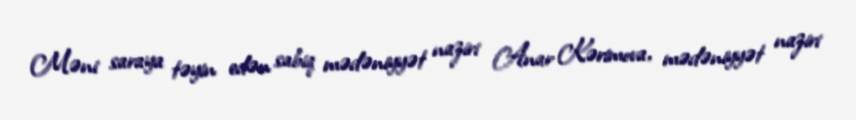
Məni saraya təyin edən sabiq mədəniyyət naziri Anar Kərimova, mədəniyyət naziri